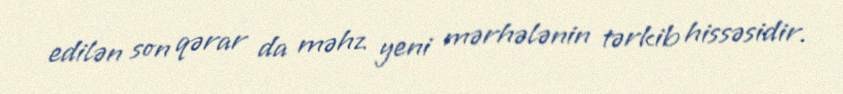
edilən son qərar da məhz yeni mərhələnin tərkib hissəsidir.